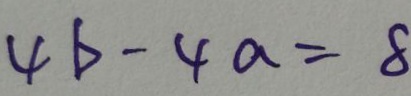
4 b - 4 a = 8